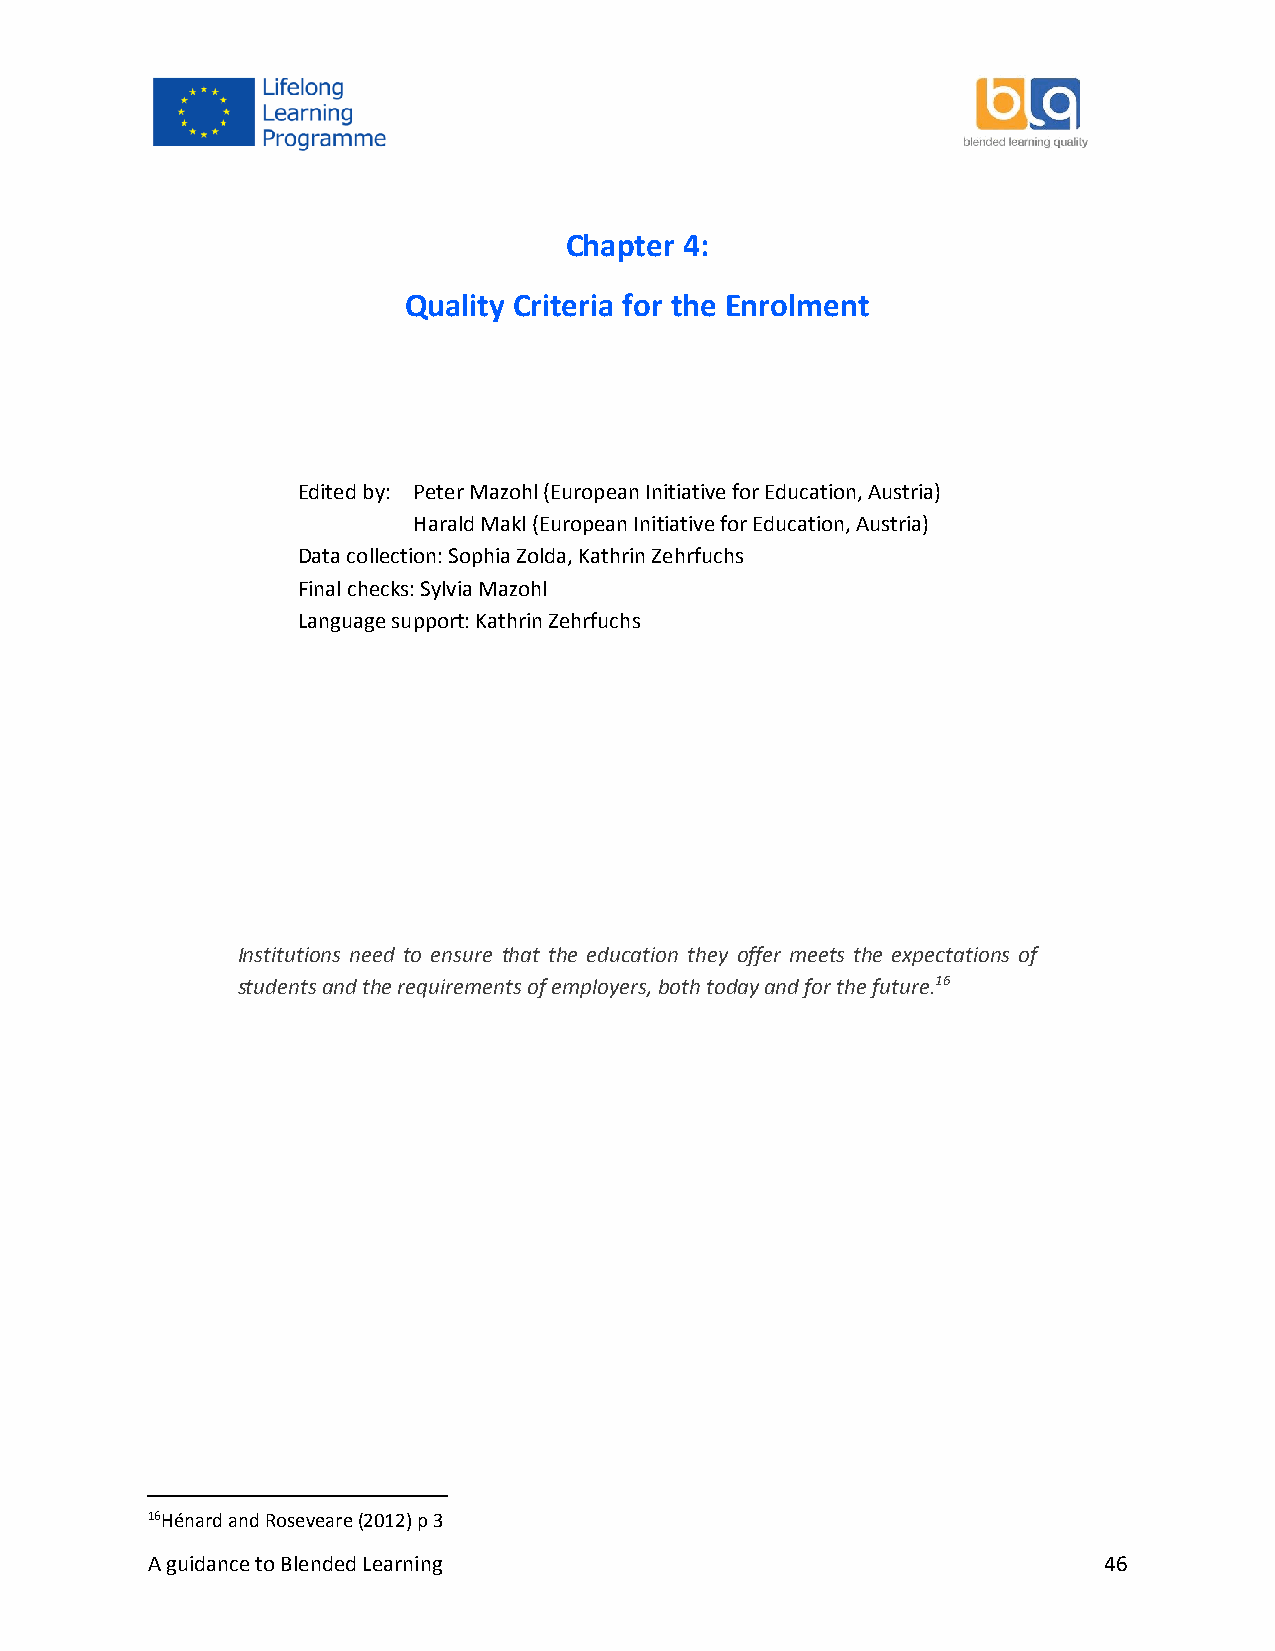
Chapter 4:
 Quality Criteria for the Enrolment
 Edited by: Peter Mazohl (European Initiative for Education, Austria)
 Harald Makl (European Initiative for Education, Austria)
 Data collection: Sophia Zolda, Kathrin Zehrfuchs
 Final checks: Sylvia Mazohl
 Language support: Kathrin Zehrfuchs
 Institutions need to ensure that the education they offer meets the expectations of
 students and the requirements of employers, both today and for the future.16
 16Hénard and Roseveare (2012) p 3
 A guidance to Blended Learning                                 46